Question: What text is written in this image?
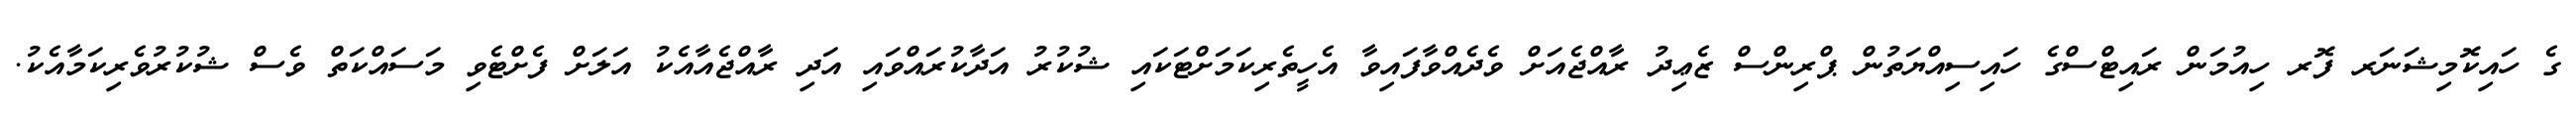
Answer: ގެ ހައިކޮމިޝަނަރ ފޮރ ހިއުމަން ރައިޓްސްގެ ހައިސިއްޔަތުން ޕްރިންސް ޒެޢިދު ރާއްޖެއަށް ވެދެއްވާފައިވާ އެހީތެރިކަމަށްޓަކައި ޝުކުރު އަދާކުރައްވައި އަދި ރާއްޖެއާއެކު އަލަށް ފެށްޓެވި މަސައްކަތް ވެސް ޝުކުރުވެރިކަމާއެކު.